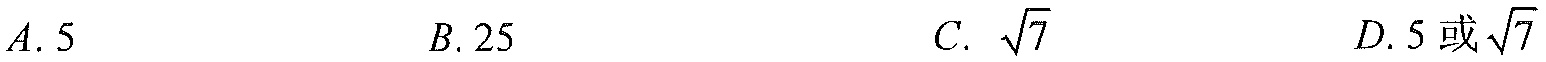
$A. \ 5$  \ \ \ \ \ \ \ \ \ \ \ \ \ \ \ \ \ \ \ \ \ \ \ \ \ \ \ \ \ \ \ \ \ \ \ \ \ \ \ \ \ \ \ \ \ \ \ \ \ \ \ \ \ \ \ \ \ \ \ \ \ \ \ \ \ \ \ \ \ \ \ \ \ \ \ \ \ \ \ \ \ \ \ \ \ \ \ \ \ \ \ \ \ \ \ \ \ \ \ \ \ \ \ \ \ \ \ \ \ \ \ \ \ \ \ \ \ \ \ \ \ \ \ \ \ \ \ \ \ \ \ \ \ \ \ \ \ \ \ \ \ \ \ \ \ \ \ \ \ \ \ \ \ \ \ \ \ \ \ \ \ \ \ \ \ \ \ \ \ \ \ \ \ \ \ \ \ \ \ \ \ \ \ \ \ \ \ \ \ \ \ \ \ \ \ \ \ \ \ \ \ \ \ \ \ \ \ \ \ \ \ \ \ \ \ \ \ \ \ \ \ \ \ \ \ \ \ \ \ \ \ \ \ \ \ \ \ \ \ \ \ \ \ \ \ \ \ \ \ \ \ \ \ \ \ \ \ \ \ \ \ \ \ \ \ \ \ \ \ \ \ \ \ \ \ \ \ \ \ \ \ \ \ \ \ \ \ \ \ \ \ \ \ \ \ \ \ \ \ \ \ \ \ \ \ \ \ \ \ \ \ \ \ \ \ \ \ \ \ \ \ \ \ \ \ \ \ \ \ \ \ \ \ \ \ \ \ \ \ \ \ \ \ \ \ \ \ \ \ \ \ \ \ \ \ \ \ \ \ \ \ \ \ \ \ \ \ \ \ \ \ \ \ \ \ \ \ \ \ \ \ \ \ \ \ \ \ \ \ \ \ \ \ \ \ \ \ \ \ \ \ \ \ \ \ \ \ \ \ \ \ \ \ \ \ \ \ \ \ \ \ \ \ \ \ \ \ \ \ \ \ \ \ \ \ \ \ \ \ \ \ \ \ \ \ \ \ \ \ \ \ \ \ \ \ \ \ \ \ \ \ \ \ \ \ \ \ \ \ \ \ \ \ \ \ \ \ \ \ \ \ \ \ \ \ \ \ \ \ \ \ \ \ \ \ \ \ \ \ \ \ \ \ \ \ \ \ \ \ \ \ \ \ \ \ \ \ \ \ \ \ \ \ \ \ \ \ \ \ \ \ \ \ \ \ \ \ \ \ \ \ \ \ \ \ \ \ \ \ \ \ \ \ \ \ \ \ \ \ \ \ \ \ \ \ \ \ \ \ \ \ \ \ \ \ \ \ \ \ \ \ \ \ \ \ \ \ \ \ \ \ \ \ \ \ \ \ \ \ \ \ \ \ \ \ \ \ \ \ \ \ \ \ \ \ \ \ \ \ \ \ \ \ \ \ \ \ \ \ \ \ \ \ \ \ \ \ \ \ \ \ \ \ \ \ \ \ \ \ \ \ \ \ \ \ \ \ \ \ \ \ \ \ \ \ \ \ \ \ \ \ \ \ \ \ \ \ \ \ \ \ \ \ \ \ \ \ \ \ \ \ \ \ \ \ \ \ \ \ \ \ \ \ \ \ \ \ \ \ \ \ \ \ \ \ \ \ \ \ \ \ \ \ \ \ \ \ \ \ \ \ \ \ \ \ \ \ \ \ \ \ \ \ \ \ \ \ \ \ \ \ \ \ \ \ \ \ \ \ \ \ \ \ \ \ \ \ \ \ \ \ \ \ \ \ \ \ \ \ \ \ \ \ \ \ \ \ \ \ \ \ \ \ \ \ \ \ \ \ \ \ \ \ \ \ \ \ \ \ \ \ \ \ \ \ \ \ \ \ \ \ \ \ \ \ \ \ \ \ \ \ \ \ \ \ \ \ \ \ \ \ \ \ \ \ \ \ \ \ \ \ \ \ \ \ \ \ \ \ \ \ \ \ \ \ \ \ \ \ \ \ \ \ \ \ \ \ \ \ \ \ \ \ \ \ \ \ \ \ \ \ \ \ \ \ \ \ \ \ \ \ \ \ \ \ \ \ \ \ \ \ \ \ \ \ \ \ \ \ \ \ \ \ \ \ \ \ \ \ \ \ \ \ \ \ \ \ \ \ \ \ \ \ \ \ \ \ \ \ \ \ \ \ \ \ \ \ \ \ \ \ \ \ \ \ \ \ \ \ \ \ \ \ \ \ \ \ \ \ \ \ \ \ \ \ \ \ \ \ \ \ \ \ \ \ \ \ \ \ \ \ \ \ \ \ \ \ \ \ \ \ \ \ \ \ \ \ \ \ \ \ \ \ \ \ \ \ \ \ \ \ \ \ \ \ \ \ \ \ \ \ \ \ \ \ \ \ \ \ \ \ \ \ \ \ \ \ \ \ \ \ \ \ \ \ \ \ \ \ \ \ \ \ \ \ \ \ \ \ \ \ \ \ \ \ \ \ \ \ \ \ \ \ \ \ \ \ \ \ \ \ \ \ \ \ \ \ \ \ \ \ \ \ \ \ \ \ \ \ \ \ \ \ \ \ \ \ \ \ \ \ \ \ \ \ \ \ \ \ \ \ \ \ \ \ \ \ \ \ \ \ \ \ \ \ \ \ \ \ \ \ \ \ \ \ \ \ \ \ \ \ \ \ \ \ \ \ \ \ \ \ \ \ \ \ \ \ \ \ \ \ \ \ \ \ \ \ \ \ \ \ \ \ \ \ \ \ \ \ \ \ \ \ \ \ \ \ \ \ \ \ \ \ \ \ \ \ \ \ \ \ \ \ \ \ \ \ \ \ \ \ \ \ \ \ \ \ \ \ \ \ \ \ \ \ \ \ \ \ \ \ \ \ \ \ \ \ \ \ \ \ \ \ \ \ \ \ \ \ \ \ \ \ \ \ \ \ \ \ \ \ \ \ \ \ \ \ \ \ \ \ \ \ \ \ \ \ \ \ \ \ \ \ \ \ \ \ \ \ \ \ \ \ \ \ \ \ \ \ \ \ \ \ \ \ \ \ \ \ \ \ \ \ \ \ \ \ \ \ \ \ \ \ \ \ \ \ \ \ \ \ \ \ \ \ \ \ \ \ \ \ \ \ \ \ \ \ \ \ \ \ \ \ \ \ \ \ \ \ \ \ \ \ \ \ \ \ \ \ \ \ \ \ \ \ \ \ \ \ \ \ \ \ \ \ \ \ \ \ \ \ \ \ \ \ \ \ \ \ \ \ \ \ \ \ \ \ \ \ \ \ \ \ \ \ \ \ \ \ \ \ \ \ \ \ \ \ \ \ \ \ \ \ \ \ \ \ \ \ \ \ \ \ \ \ \ \ \ \ \ \ \ \ \ \ \ \ \ \ \ \ \ \ \ \ \ \ \ \ \ \ \ \ \ \ \ \ \ \ \ \ \ \ \ \ \ \ \ \ \ \ \ \ \ \ \ \ \ \ \ \ \ \ \ \ \ \ \ \ \ \ \ \ \ \ \ \ \ \ \ \ \ \ \ \ \ \ \ \ \ \ \ \ \ \ \ \ \ \ \ \ \ \ \ \ \ \ \ \ \ \ \ \ \ \ \ \ \ \ \ \ \ \ \ \ \ \ \ \ \ \ \ \ \ \ \ \ \ \ \ \ \ \ \ \ \ \ \ \ \ \ \ \ \ \ \ \ \ \ \ \ \ \ \ \ \ \ \ \ \ \ \ \ \ \ \ \ \ \ \ \ \ \ \ \ \ \ \ \ \ \ \ \ \ \ \ \ \ \ \ \ \ \ \ \ \ \ \ \ \ \ \ \ \ \ \ \ \ \ \ \ \ \ \ \ \ \ \ \ \ \ \ \ \ \ \ \ \ \ \ \ \ \ \ \ \ \ \ \ \ \ \ \ \ \ \ \ \ \ \ \ \ \ \ \ \ \ \ \ \ \ \ \ \ \ \ \ \ \ \ \ \ \ \ \ \ \ \ \ \ \ \ \ \ \ \ \ \ \ \ \ \ \ \ \ \ \ \ \ \ \ \ \ \ \ \ \ \ \ \ \ \ \ \ \ \ \ \ \ \ \ \ \ \ \ \ \ \ \ \ \ \ \ \ \ \ \ \ \ \ \ \ \ \ \ \ \ \ \ \ \ \ \ \ \ \ \ \ \ \ \ \ \ \ \ \ \ \ \ \ \ \ \ \ \ \ \ \ \ \ \ \ \ \ \ \ \ \ \ \ \ \ \ \ \ \ \ \ \ \ \ \ \ \ \ \ \ \ \ \ \ \ \ \ \ \ \ \ \ \ \ \ \ \ \ \ \ \ \ \ \ \ \ \ \ \ \ \ \ \ \ \ \ \ \ \ \ \ \ \ \ \ \ \ \ \ \ \ \ \ \ \ \ \ \ \ \ \ \ \ \ \ \ \ \ \ \ \ \ \ \ \ \ \ \ \ \ \ \ \ \ \ \ \ \ \ \ \ \ \ \ \ \ \ \ \ \ \ \ \ \ \ \ \ \ \ \ \ \ \ \ \ \ \ \ \ \ \ \ \ \ \ \ \ \ \ \ \ \ \ \ \ \ \ \ \ \ \ \ \ \ \ \ \ \ \ \ \ \ \ \ \ \ \ \ \ \ \ \ \ \ \ \ \ \ \ \ \ \ \ \ \ \ \ \ \ \ \ \ \ \ \ \ \ \ \ \ \ \ \ \ \ \ \ \ \ \ \ \ \ \ \ \ \ \ \ \ \ \ \ \ \ \ \ \ \ \ \ \ \ \ \ \ \ \ \ \ \ \ \ \ \ \ \ \ \ \ \ \ \ \ \ \ \ \ \ \ \ \ \ \ \ \ \ \ \ \ \ \ \ \ \ \ \ \ \ \ \ \ \ \ \ \ \ \ \ \ \ \ \ \ \ \ \ \ \ \ \ \ \ \ \ \ \ \ \ \ \ \ \ \ \ \ \ \ \ \ \ \ \ \ \ \ \ \ \ \ \ \ \ \ \ \ \ \ \ \ \ \ \ \ \ \ \ \ \ \ \ \ \ \ \ \ \ \ \ \ \ \ \ \ \ \ \ \ \ \ \ \ \ \ \ \ \ \ \ \ \ \ \ \ \ \ \ \ \ \ \ \ \ \ \ \ \ \ \ \ \ \ \ \ \ \ \ \ \ \ \ \ \ \ \ \ \ \ \ \ \ \ \ \ \ \ \ \ \ \ \ \ \ \ \ \ \ \ \ \ \ \ \ \ \ \ \ \ \ \ \ \ \ \ \ \ \ \ \ \ \ \ \ \ \ \ \ \ \ \ \ \ \ \ \ \ \ \ \ \ \ \ \ \ \ \ \ \ \ \ \ \ \ \ \ \ \ \ \ \ \ \ \ \ \ \ \ \ \ \ \ \ \ \ \ \ \ \ \ \ \ \ \ \ \ \ \ \ \ \ \ \ \ \ \ \ \ \ \ \ \ \ \ \ \ \ \ \ \ \ \ \ \ \ \ \ \ \ \ \ \ \ \ \ \ \ \ \ \ \ \ \ \ \ \ \ \ \ \ \ \ \ \ \ \ \ \ \ \ \ \ \ \ \ \ \ \ \ \ \ \ \ \ \ \ \ \ \ \ \ \ \ \ \ \ \ \ \ \ \ \ \ \ \ \ \ \ \ \ \ \ \ \ \ \ \ \ \ \ \ \ \ \ \ \ \ \ \ \ \ \ \ \ \ \ \ \ \ \ \ \ \ \ \ \ \ \ \ \ \ \ \ \ \ \ \ \ \ \ \ \ \ \ \ \ \ \ \ \ \ \ \ \ \ \ \ \ \ \ \ \ \ \ \ \ \ \ \ \ \ \ \ \ \ \ \ \ \ \ \ \ \ \ \ \ \ \ \ \ \ \ \ \ \ \ \ \ \ \ \ \ \ \ \ \ \ \ \ \ \ \ \ \ \ \ \ \ \ \ \ \ \ \ \ \ \ \ \ \ \ \ \ \ \ \ \ \ \ \ \ \ \ \ \ \ \ \ \ \ \ \ \ \ \ \ \ \ \ \ \ \ \ \ \ \ \ \ \ \ \ \ \ \ \ \ \ \ \ \ \ \ \ \ \ \ \ \ \ \ \ \ \ \ \ \ \ \ \ \ \ \ \ \ \ \ \ \ \ \ \ \ \ \ \ \ \ \ \ \ \ \ \ \ \ \ \ \ \ \ \ \ \ \ \ \ \ \ \ \ \ \ \ \ \ \ \ \ \ \ \ \ \ \ \ \ \ \ \ \ \ \ \ \ \ \ \ \ \ \ \ \ \ \ \ \ \ \ \ \ \ \ \ \ \ \ \ \ \ \ \ \ \ \ \ \ \ \ \ \ \ \ \ \ \ \ \ \ \ \ \ \ \ \ \ \ \ \ \ \ \ \ \ \ \ \ \ \ \ \ \ \ \ \ \ \ \ \ \ \ \ \ \ \ \ \ \ \ \ \ \ \ \ \ \ \ \ \ \ \ \ \ \ \ \ \ \ \ \ \ \ \ \ \ \ \ \ \ \ \ \ \ \ \ \ \ \ \ \ \ \ \ \ \ \ \ \ \ \ \ \ \ \ \ \ \ \ \ \ \ \ \ \ \ \ \ \ \ \ \ \ \ \ \ \ \ \ \ \ \ \ \ \ \ \ \ \ \ \ \ \ \ \ \ \ \ \ \ \ \ \ \ \ \ \ \ \ \ \ \ \ \ \ \ \ \ \ \ \ \ \ \ \ \ \ \ \ \ \ \ \ \ \ \ \ \ \ \ \ \ \ \ \ \ \ \ \ \ \ \ \ \ \ \ \ \ \ \ \ \ \ \ \ \ \ \ \ \ \ \ \ \ \ \ \ \ \ \ \ \ \ \ \ \ \ \ \ \ \ \ \ \ \ \ \ \ \ \ \ \ \ \ \ \ \ \ \ \ \ \ \ \ \ \ \ \ \ \ \ \ \ \ \ \ \ \ \ \ \ \ \ \ \ \ \ \ \ \ \ \ \ \ \ \ \ \ \ \ \ \ \ \ \ \ \ \ \ \ \ \ \ \ \ \ \ \ \ \ \ \ \ \ \ \ \ \ \ \ \ \ \ \ \ \ \ \ \ \ \ \ \ \ \ \ \ \ \ \ \ \ \ \ \ \ \ \ \ \ \ \ \ \ \ \ \ \ \ \ \ \ \ \ \ \ \ \ \ \ \ \ \ \ \ \ \ \ \ \ \ \ \ \ \ \ \ \ \ \ \ \ \ \ \ \ \ \ \ \ \ \ \ \ \ \ \ \ \ \ \ \ \ \ \ \ \ \ \ \ \ \ \ \ \ \ \ \ \ \ \ \ \ \ \ \ \ \ \ \ \ \ \ \ \ \ \ \ \ \ \ \ \ \ \ \ \ \ \ \ \ \ \ \ \ \ \ \ \ \ \ \ \ \ \ \ \ \ \ \ \ \ \ \ \ \ \ \ \ \ \ \ \ \ \ \ \ \ \ \ \ \ \ \ \ \ \ \ \ \ \ \ \ \ \ \ \ \ \ \ \ \ \ \ \ \ \ \ \ \ \ \ \ \ \ \ \ \ \ \ \ \ \ \ \ \ \ \ \ \ \ \ \ \ \ \ \ \ \ \ \ \ \ \ \ \ \ \ \ \ \ \ \ \ \ \ \ \ \ \ \ \ \ \ \ \ \ \ \ \ \ \ \ \ \ \ \ \ \ \ \ \ \ \ \ \ \ \ \ \ \ \ \ \ \ \ \ \ \ \ \ \ \ \ \ \ \ \ \ \ \ \ \ \ \ \ \ \ \ \ \ \ \ \ \ \ \ \ \ \ \ \ \ \ \ \ \ \ \ \ \ \ \ \ \ \ \ \ \ \ \ \ \ \ \ \ \ \ \ \ \ \ \ \ \ \ \ \ \ \ \ \ \ \ \ \ \ \ \ \ \ \ \ \ \ \ \ \ \ \ \ \ \ \ \ \ \ \ \ \ \ \ \ \ \ \ \ \ \ \ \ \ \ \ \ \ \ \ \ \ \ \ \ \ \ \ \ \ \ \ \ \ \ \ \ \ \ \ \ \ \ \ \ \ \ \ \ \ \ \ \ \ \ \ \ \ \ \ \ \ \ \ \ \ \ \ \ \ \ \ \ \ \ \ \ \ \ \ \ \ \ \ \ \ \ \ \ \ \ \ \ \ \ \ \ \ \ \ \ \ \ \ \ \ \ \ \ \ \ \ \ \ \ \ \ \ \ \ \ \ \ \ \ \ \ \ \ \ \ \ \ \ \ \ \ \ \ \ \ \ \ \ \ \ \ \ \ \ \ \ \ \ \ \ \ \ \ \ \ \ \ \ \ \ \ \ \ \ \ \ \ \ \ \ \ \ \ \ \ \ \ \ \ \ \ \ \ \ \ \ \ \ \ \ \ \ \ \ \ \ \ \ \ \ \ \ \ \ \ \ \ \ \ \ \ \ \ \ \ \ \ \ \ \ \ \ \ \ \ \ \ \ \ \ \ \ \ \ \ \ \ \ \ \ \ \ \ \ \ \ \ \ \ \ \ \ \ \ \ \ \ \ \ \ \ \ \ \ \ \ \ \ \ \ \ \ \ \ \ \ \ \ \ \ \ \ \ \ \ \ \ \ \ \ \ \ \ \ \ \ \ \ \ \ \ \ \ \ \ \ \ \ \ \ \ \ \ \ \ \ \ \ \ \ \ \ \ \ \ \ \ \ \ \ \ \ \ \ \ \ \ \ \ \ \ \ \ \ \ \ \ \ \ \ \ \ \ \ \ \ \ \ \ \ \ \ \ \ \ \ \ \ \ \ \ \ \ \ \ \ \ \ \ \ \ \ \ \ \ \ \ \ \ \ \ \ \ \ \ \ \ \ \ \ \ \ \ \ \ \ \ \ \ \ \ \ \ \ \ \ \ \ \ \ \ \ \ \ \ \ \ \ \ \ \ \ \ \ \ \ \ \ \ \ \ \ \ \ \ \ \ \ \ \ \ \ \ \ \ \ \ \ \ \ \ \ \ \ \ \ \ \ \ \ \ \ \ \ \ \ \ \ \ \ \ \ \ \ \ \ \ \ \ \ \ \ \ \ \ \ \ \ \ \ \ \ \ \ \ \ \ \ \ \ \ \ \ \ \ \ \ \ \ \ \ \ \ \ \ \ \ \ \ \ \ \ \ \ \ \ \ \ \ \